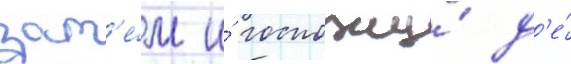
зат'е́м и́ госпожу́ д'е́